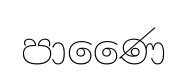
පාණෛ